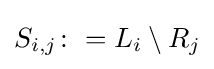
S_{i,j}\colon =L_{i}\setminus R_{j}